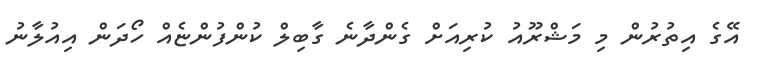
އޭގެ އިތުރުން މި މަޝްރޫއު ކުރިއަށް ގެންދާނެ ގާބިލް ކުންފުންޏެއް ހޯދަން އިއުލާނު